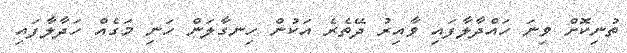
ތުނިކޮށް ވިނަ ހައްދާލާފައި ވާއިރު ދޭތެރެ އަކުން ހިނގާލަން ހަނި މަގެއް ހަދާލާފައި